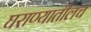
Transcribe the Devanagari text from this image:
घराण्यातीलच